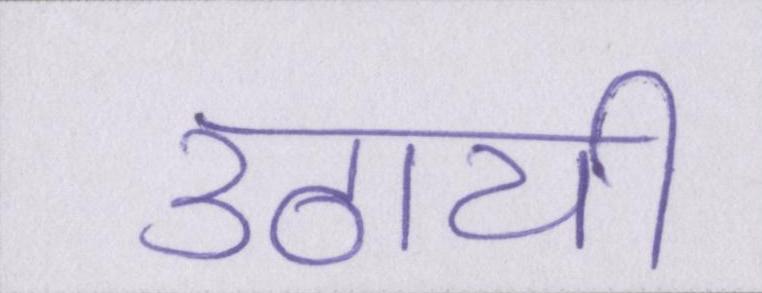
उठायी